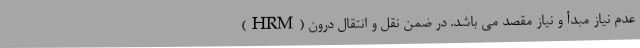
(HRM) عدم نیاز مبدأ و نیاز مقصد می باشد. در ضمن نقل و انتقال درون